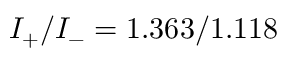
I _ { + } / I _ { - } = 1 . 3 6 3 / 1 . 1 1 8